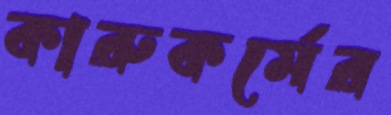
কারুকর্মের